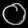
Digit: ၀